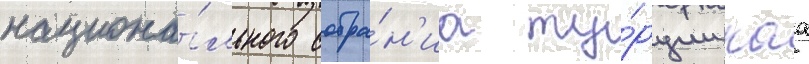
национа́льного собра́н'иа ту́рции каа